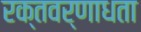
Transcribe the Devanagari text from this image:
रक्तवर्णाधता